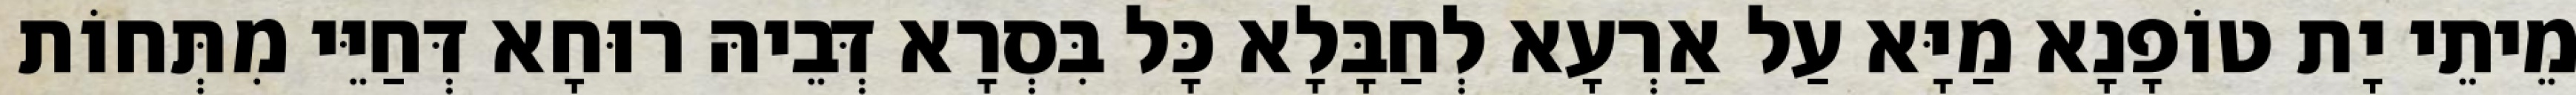
מֵיתֵי יָת טוֹפָנָא מַיָּא עַל אַרְעָא לְחַבָּלָא כָּל בִּסְרָא דְּבֵיהּ רוּחָא דְּחַיֵּי מִתְּחוֹת